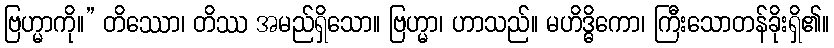
ဗြဟ္မာကို။” တိဿော၊ တိဿ အမည်ရှိသော။ ဗြဟ္မာ၊ ဟာသည်။ မဟိဒ္ဓိကော၊ ကြီးသောတန်ခိုးရှိ၏။